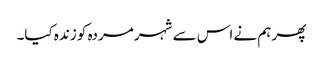
پھر ہم نے اس سے شہر مردہ کو زندہ کیا۔